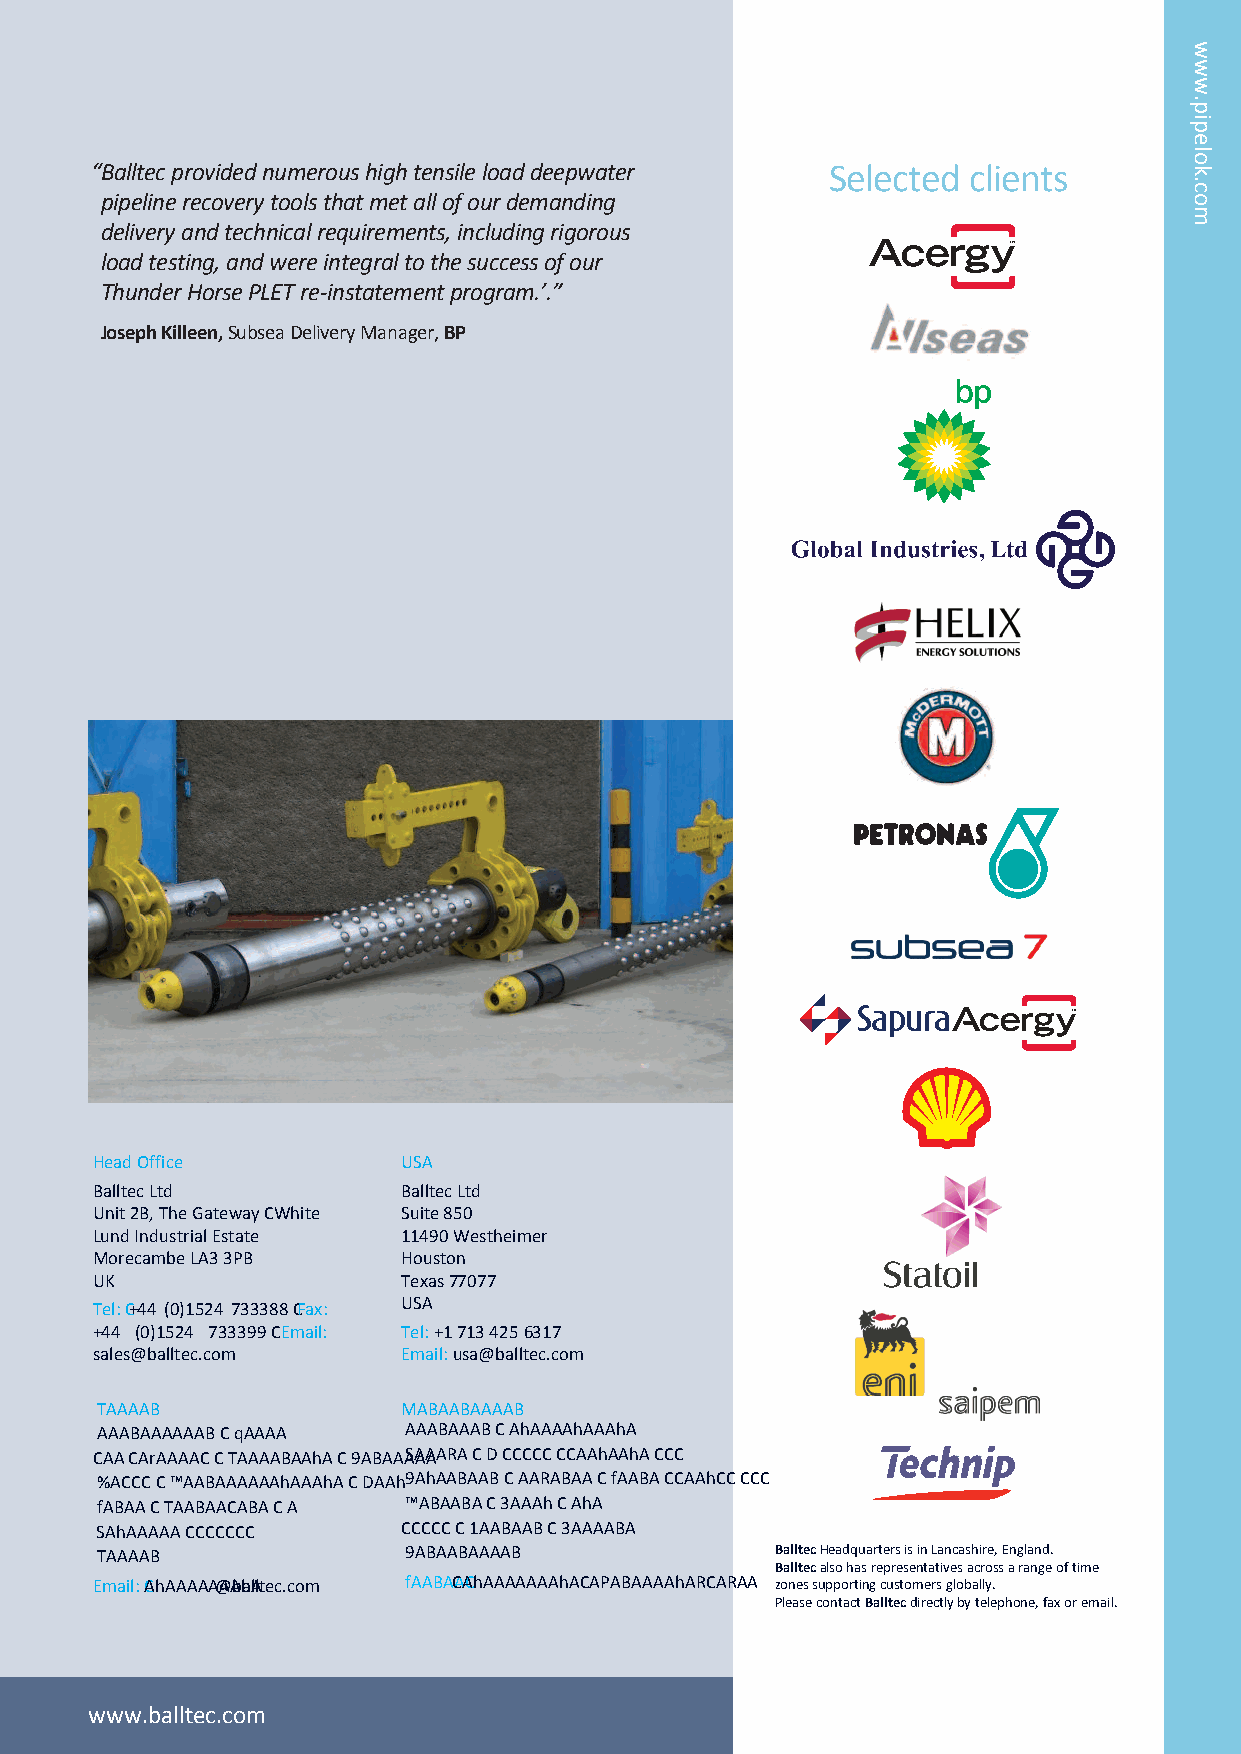
“Balltec provided numerous high tensile load deepwater Selected clients
 pipeline recovery tools that met all of our demanding
 delivery and technical requirements, including rigorous
 load testing, and were integral to the success of our
 Thunder Horse PLET re-instatement program.’.”
 Joseph Killeen,Subsea Delivery Manager, BP
 Head Office          USA
 Balltec Ltd          Balltec Ltd
 Unit 2B, The Gateway Suite 850
 White Lund Industrial Estate 11490 Westheimer
 Morecambe LA3 3PB    Houston
 UK                   Texas 77077
 Tel:+44 (0)1524 733388 USA
 Fax: +44 (0)1524 733399 Tel: +1 713 425 6317
 Email: sales@balltec.com Email: usa@balltec.com
 Australia            MENA Region
 Balltec Ltd          Balltec Ltd
 Suite 11, Level 1    Level 14, Boulevard Plaza Tower
 4 Ventnor Ave        Emaar Boulevard, Downtown Dubai
 West Perth WA        PO Box 3344155
 Australia            Dubai
 Tel:+61 8 9322 4971  Tel: +9714 4558455      BalltecHeadquarters is in Lancashire, England.
 Balltecalso has representatives across a range of time
 Email: australia@balltec.com Fax: +9714 4558556
 zones supporting customers globally.
 Email: mena@balltec.com Please contact Balltecdirectly by telephone, fax or email.
 www.balltec.com
 www.pipelok.com